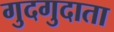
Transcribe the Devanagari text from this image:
गुदगुदाता